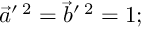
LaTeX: \vec { a } ^ { \prime \; 2 } = \vec { b } ^ { \prime \; 2 } = 1 ;